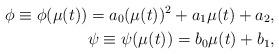
LaTeX: \begin{align*}\phi \equiv \phi(\mu(t))=a_{0} (\mu(t))^{2} + a_{1} \mu(t) + a_{2}, \\\psi \equiv \psi(\mu(t)) = b_{0} \mu(t) + b_{1}, \end{align*}